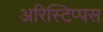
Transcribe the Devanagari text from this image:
अरिस्टिप्पस